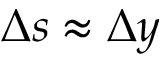
\Delta s \approx \Delta y